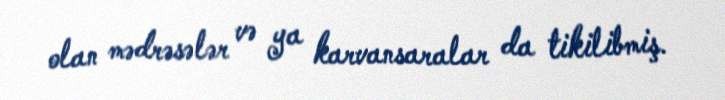
olan mədrəsələr və ya karvansaralar da tikilibmiş.